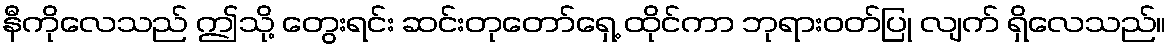
နီကိုလေသည် ဤသို့ တွေးရင်း ဆင်းတုတော်ရှေ့ ထိုင်ကာ ဘုရားဝတ်ပြု လျက် ရှိလေသည်။